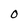
Character: O